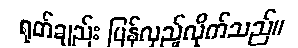
ရုတ်ချည်း ပြန်လှည့်လိုက်သည်။